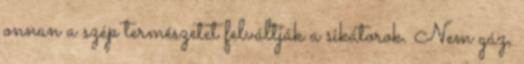
onnan a szép természetet felváltják a sikátorok. Nem gáz,